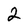
Character: 2